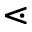
\lessdot